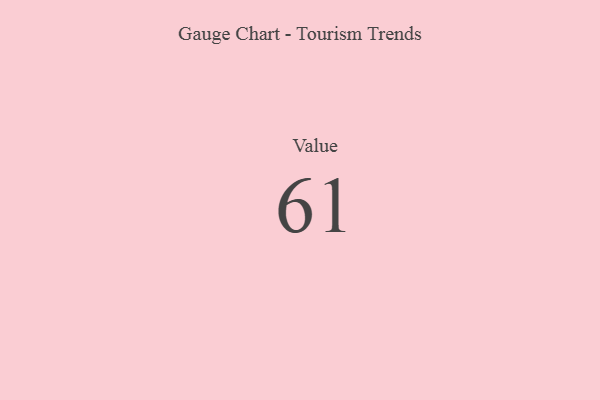
{"axis": {"x": "Metric", "y": "Value"}, "legend": [""], "data": [{"x": "Value", "y": 61, "type": ""}]}